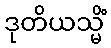
ဒုတိယသ္မိံ